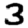
Digit: 3